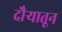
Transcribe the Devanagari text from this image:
दौर्‍यातून